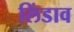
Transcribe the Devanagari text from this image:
लिंडाव